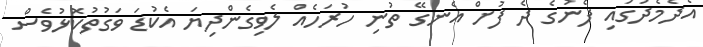
އެދެމެދުގައި ފެނުގެ ދެ ފުށް އެނގޭ ތުނި ހުރަހެއް ލެވިގެންދިޔަ އެކުޑަ ވަގުތުކޮޅުވެސް